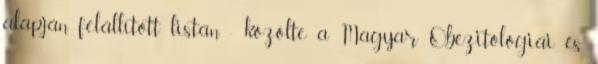
alapján felállított listán - közölte a Magyar Obezitológiai és